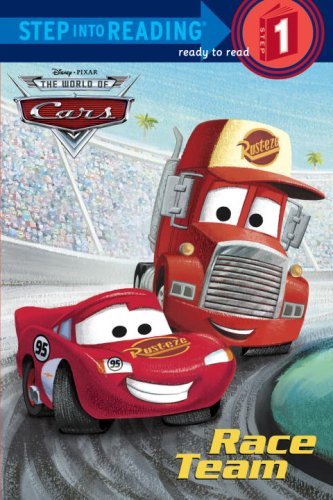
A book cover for Race Team (Disney/Pixar Cars) (Step into Reading); RH Disney; Engineering & Transportation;